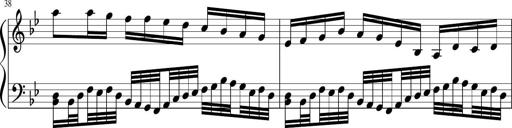
Title: Sonatina in F major
Composer: Ethan Ngo
Key: F major